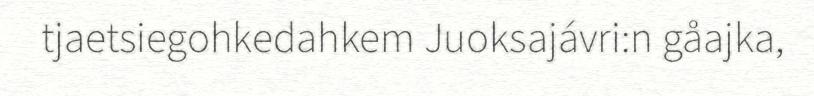
tjaetsiegohkedahkem Juoksajávri:n gåajka,